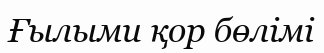
Ғылыми қор бөлімі